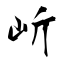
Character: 岓